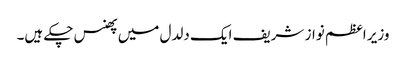
وزیر اعظم نواز شریف ایک دلدل میں پھنس چکے ہیں۔